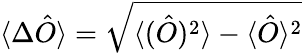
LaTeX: \langle\Delta\hat{O}\rangle=\sqrt{\langle(\hat{O})^{2}\rangle-\langle\hat{O}\rangle^{2}}